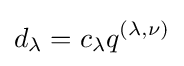
d_{\lambda }=c_{\lambda }q^{(\lambda ,\nu )}